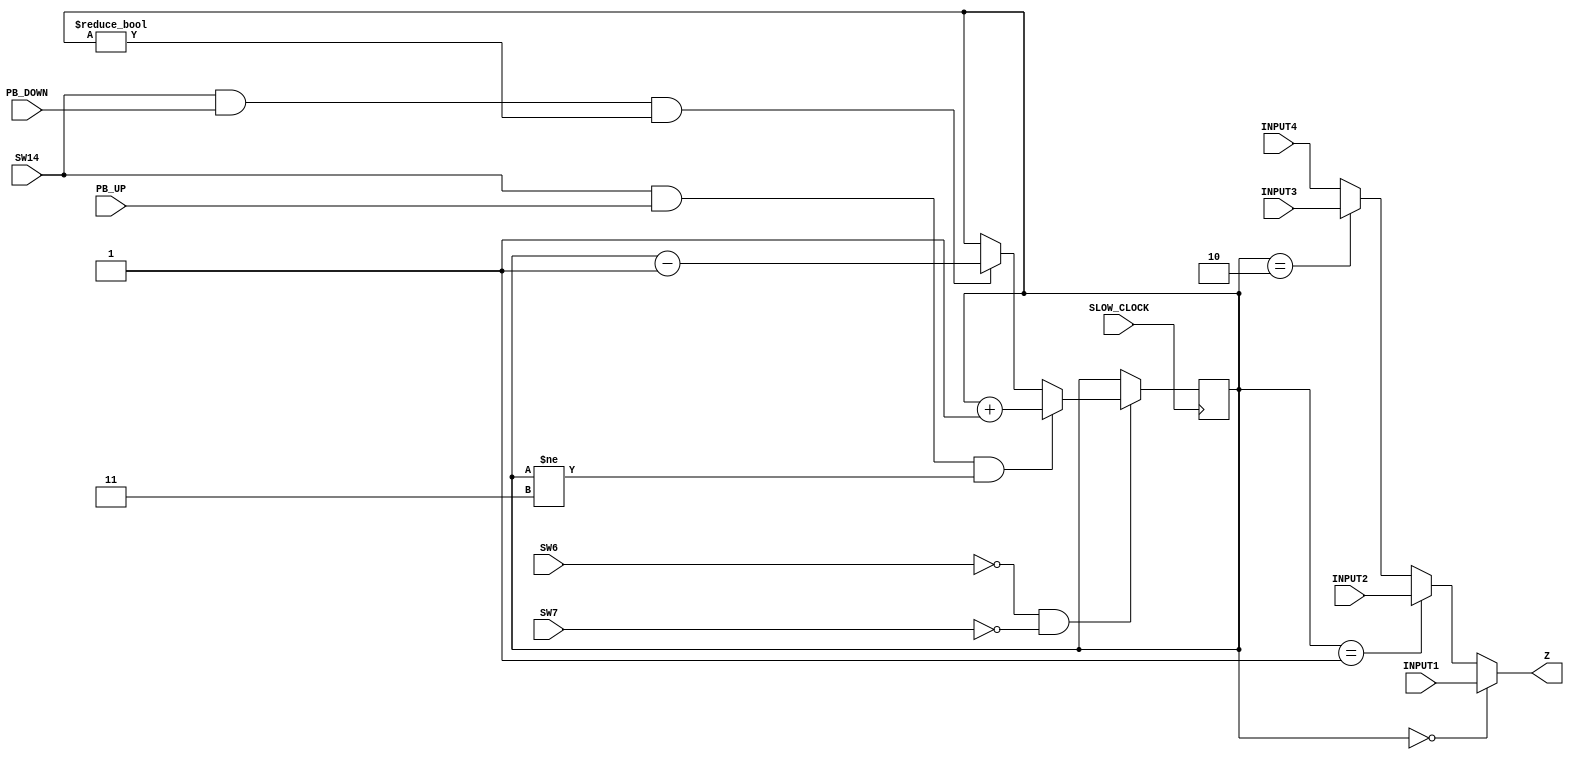
`timescale 1ns / 1ps
//////////////////////////////////////////////////////////////////////////////////
// Company: 
// Engineer: 
// 
// Design Name: 
// Module Name: mux_2_to_4_LED
// Project Name: 
// Target Devices: 
// Tool Versions: 
// Description: 
// 
// Dependencies: 
// 
// Revision:
// Revision 0.01 - File Created
// Additional Comments:
// 
//////////////////////////////////////////////////////////////////////////////////


module mux_2_to_4_LED(
    input SLOW_CLOCK,
    input PB_UP,
    input PB_DOWN,
    input SW6,
    input SW7,
    input SW14,
    input INPUT1,
    input INPUT2,
    input INPUT3,
    input INPUT4,
    output Z
    );
    
    reg [1:0] select = 2'b00;
    
    always @ (posedge SLOW_CLOCK)
    begin
    if(SW6 == 0 && SW7 == 0)
    begin
        select = (SW14 == 1 && PB_UP == 1 && select != 3) ? select + 1 :
                    ((SW14 == 1 && PB_DOWN == 1 && select != 0) ? select - 1 : select);
    end
    end
      
    assign Z = (select==2'b00) ? INPUT1 : (select==2'b01) ? INPUT2: (select==2'b10) ? INPUT3 : INPUT4;
    assign SELECT_OUTPUT = select;
endmodule